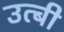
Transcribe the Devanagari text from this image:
उत्बी